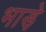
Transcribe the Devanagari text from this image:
भाडे़